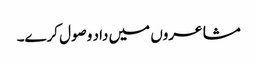
مشاعروں میں داد وصول کرے۔